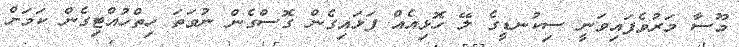
މޫސާ މަރުވެފައިވަނީ ސިކުނޑީގެ ލޭ ހޮޅިއެއް ފަޅައިގެން ގޮސްގެން ނުވަތަ ހިތްހުއްޓިގެން ކަމަށް